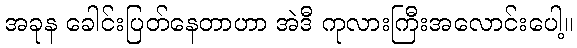
အခုန ခေါင်းပြတ်နေတာဟာ အဲဒီ ကုလားကြီးအလောင်းပေါ့။